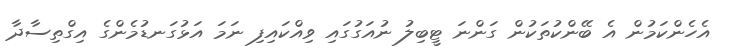
އެހެންކަމުން އެ ބޭންކުތަކުން ގަންނަ ޓީބިލު ނުއަގުގައި ވިއްކައިފި ނަމަ އަޅުގަނޑުމެންގެ އިގްތިސާދާ